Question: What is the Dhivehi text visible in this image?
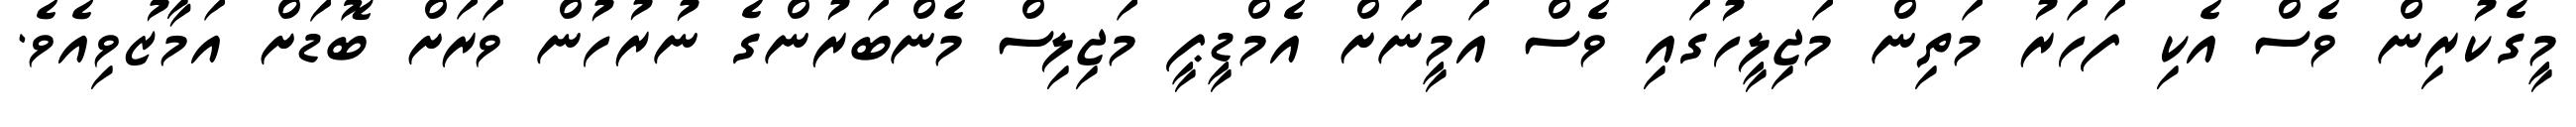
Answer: މީގެކުރިން ވެސް އެކި ފަހަރު މަތިން މަޖިލީހުގައި ވެސް އަމީނަށް އެމްޑީޕީ މަޖިލިސް މެންބަރުންގެ ނުރުހުން ވަރަށް ބޮޑަށް އަމާޒުވިއެވެ.